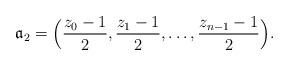
LaTeX: \begin{align*}\mathfrak{a}_2=\Big(\frac{z_0-1}{2},\frac{z_1-1}{2},\ldots,\frac{z_{n-1}-1}{2}\Big).\end{align*}